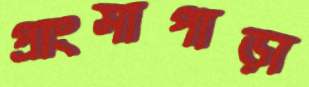
প্রাংসাপাড়া